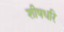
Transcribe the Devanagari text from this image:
शीषधरि